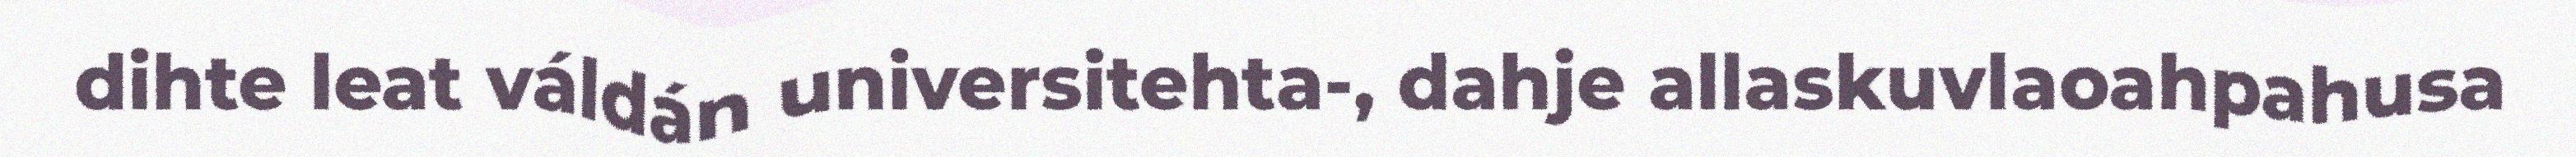
dihte leat váldán universitehta-, dahje allaskuvlaoahpahusa